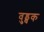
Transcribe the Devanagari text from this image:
वुड्चक